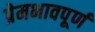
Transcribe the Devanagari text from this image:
प्रेमभावपूर्ण